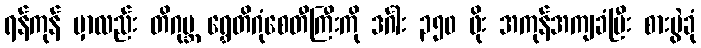
ရန်ကုန် မှာလည်း တိဂုမ္ဘ ရွှေတိဂုံစေတီကြီးကို ဒင်္ဂါး ၃၅၀ ဖိုး အကုန်အကျခံပြီး စားပွဲခုံ